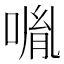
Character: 𠸕